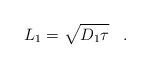
LaTeX: \begin{align*}L_1=\sqrt{D_1\tau}\;\;\; .\end{align*}